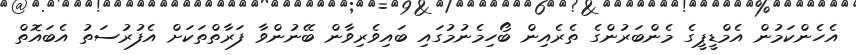
އެހެންކަމުން އެމްޑީޕީގެ މެންބަރުންގެ ތެރެއިން ބޯހިމެނުމުގައި ބައިވެރިވާން ބޭނުންވާ ފަރާތްތަކަށް އެފުރުސަތު އެބައޮތް